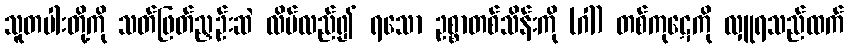
သူတပါးတို့ကို သတ်ဖြတ်ညှဉ်းဆဲ လိမ်လည်၍ ရသော ဥစ္စာတစ်သိန်းကို (ဂါ) တစ်ကုဋေကို လှူရသည်ထက်